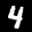
Label: 4